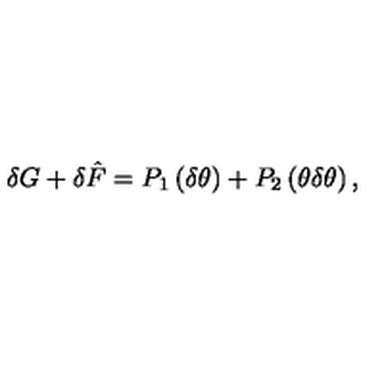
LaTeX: \delta G + \delta \hat { F } = P _ { 1 } \left( \delta \theta \right) + P _ { 2 } \left( \theta \delta \theta \right) ,